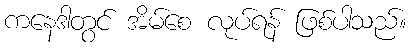
ကနေဒါတွင် အိမ်စေ လုပ်ရန် ဖြစ်ပါသည်။